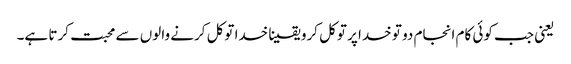
‌ یعنی جب کوئی کام انجام دو تو خدا پر توکل کرو یقینا خدا توکل کرنے والوں سے محبت کرتا ہے۔